Annual administration report of the Civil Veterinary Department of India - 1893-1894
Year: 1893
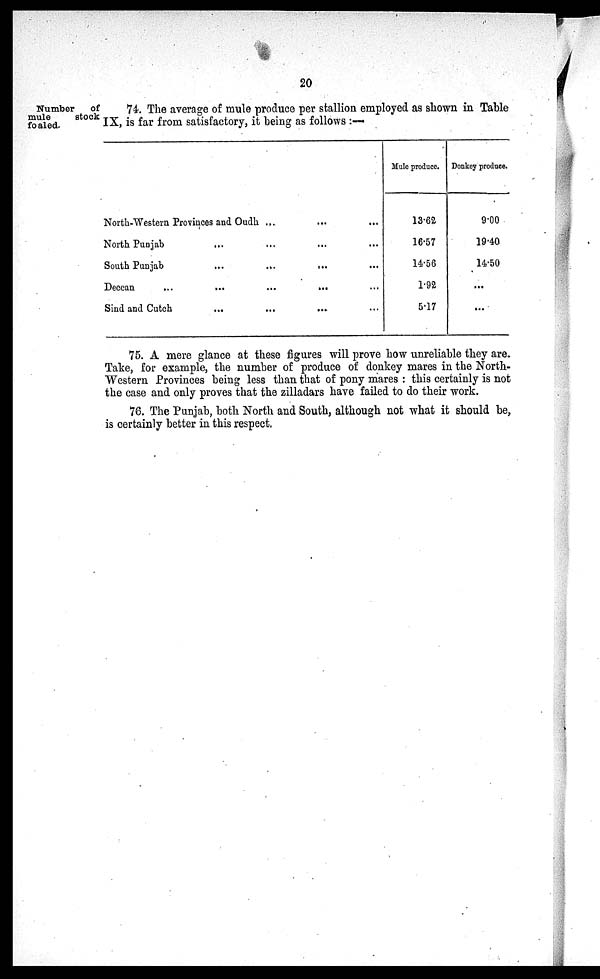
20
Number
of
mule
stock
foaled.
74. The average of mule produce per stallion employed as shown in Table
IX, is far from satisfactory, it being as follows:—
North-Western Provinces and Oudh ....
North Punjab
. . . … … …
South Punjab
…
…
…
…
Deccan ... … … ... …
Sind and Cutch … …… …
Mule produce.
13.62
16.57
14.56
1.92
5.17
Donkey produce.
9.00
19.40
14.50
...
...
75. A mere glance at these figures will prove how unreliable they are.
Take, for example, the number of produce of donkey mares in the North-
Western Provinces being less than that of pony mares : this certainly is not
the case and only proves that the zilladars have failed to do their work.
76. The Punjab, both North and South, although not what it should be,
is certainly better in this respect.